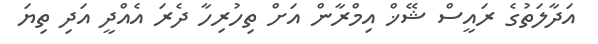
އަދާލަތުގެ ރައީސް ޝޭޚް އިމްރާން އަށް ތިހުރިހާ ދެރަ އެއްދީ އަދި ތިޔަ